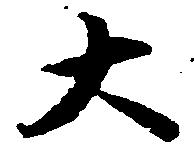
大